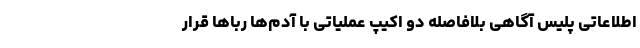
اطلاعاتی پلیس آگاهی بلافاصله دو اکیپ عملیاتی با آدم‌ها ربا‌ها قرار